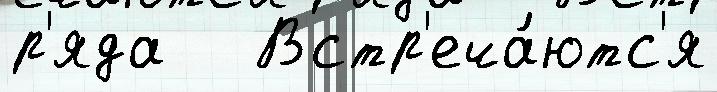
р'яда   Встр'еча́ютс'я